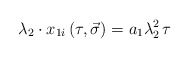
\begin{align*}\lambda _2\cdot x_{1i}\left( \tau ,\vec{\sigma}\right) =a_1\lambda _2^2\,\tau\end{align*}